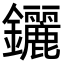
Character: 𨰣